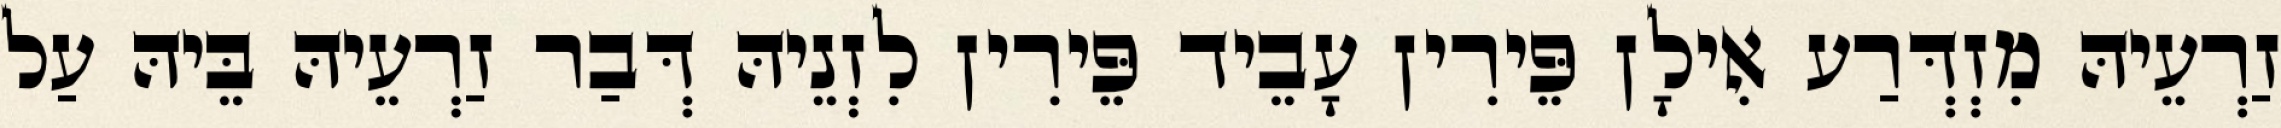
זַרְעֵיהּ מִזְדְּרַע אִילָן פֵּירִין עָבֵיד פֵּירִין לִזְנֵיהּ דְּבַר זַרְעֵיהּ בֵּיהּ עַל